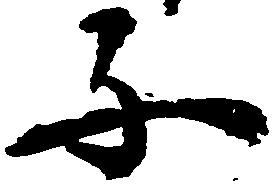
子